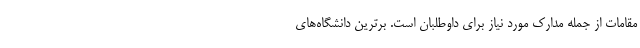
مقامات از جمله مدارک مورد نیاز برای داوطلبان است. برترین‌ دانشگاه‌های